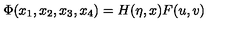
\Phi ( x _ { 1 } , x _ { 2 } , x _ { 3 } , x _ { 4 } ) = H ( \eta , x ) F ( u , v )